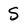
Character: S